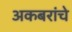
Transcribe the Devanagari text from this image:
अकबरांचे